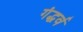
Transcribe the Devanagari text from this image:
गंद्धर्व